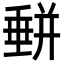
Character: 𡐱